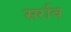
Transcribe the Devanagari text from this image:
सर्राव